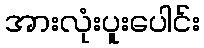
အားလုံးပူးပေါင်း